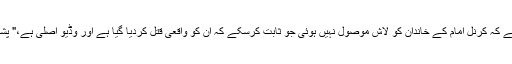
"جو چیز شک پیدا کررہی ہے وہ یہ ہے کہ کرنل امام کے خاندان کو لاش موصول نہیں ہوئی جو ثابت کرسکے کہ ان کو واقعی قتل کردیا گیا ہے اور وڈیو اصلی ہے،" پشاور کے رہائشی صالح محمد نے کہا۔